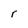
Character: r